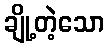
ချို့တဲ့သော